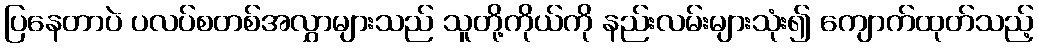
ပြနေတာပဲ ပလပ်စတစ်အလွှာများသည် သူတို့ကိုယ်ကို နည်းလမ်းများသုံး၍ ကျောက်ထုတ်သည့်